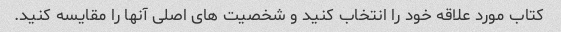
کتاب مورد علاقه خود را انتخاب کنید و شخصیت های اصلی آنها را مقایسه کنید.